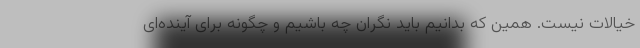
خیالات نیست‌. همین که بدانیم باید نگران چه باشیم و چگونه برای آینده‌ای